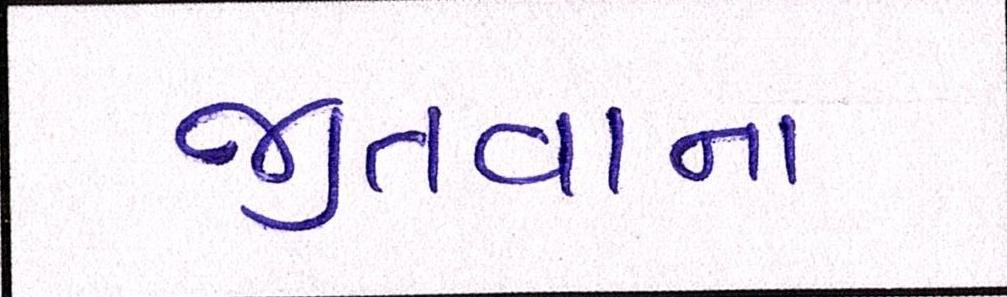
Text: જીતવાના